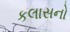
કલાસનો